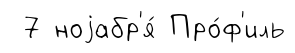
7 ноjабр'я́ Про́ф'иль